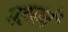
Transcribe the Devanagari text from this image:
पहननें